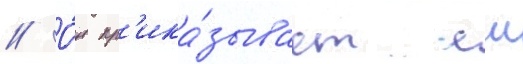
// О́н пр'ика́зывает еи